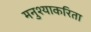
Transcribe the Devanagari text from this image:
मनुश्याकरिता